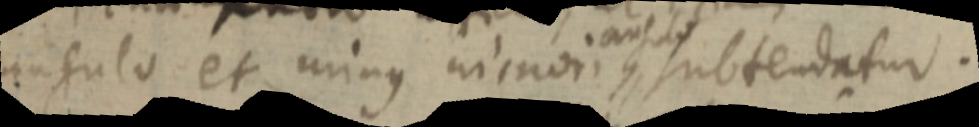
angulo et minus minori, subtendatur.